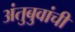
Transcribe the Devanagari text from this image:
अंतुबुवांची